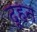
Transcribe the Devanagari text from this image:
दूहन